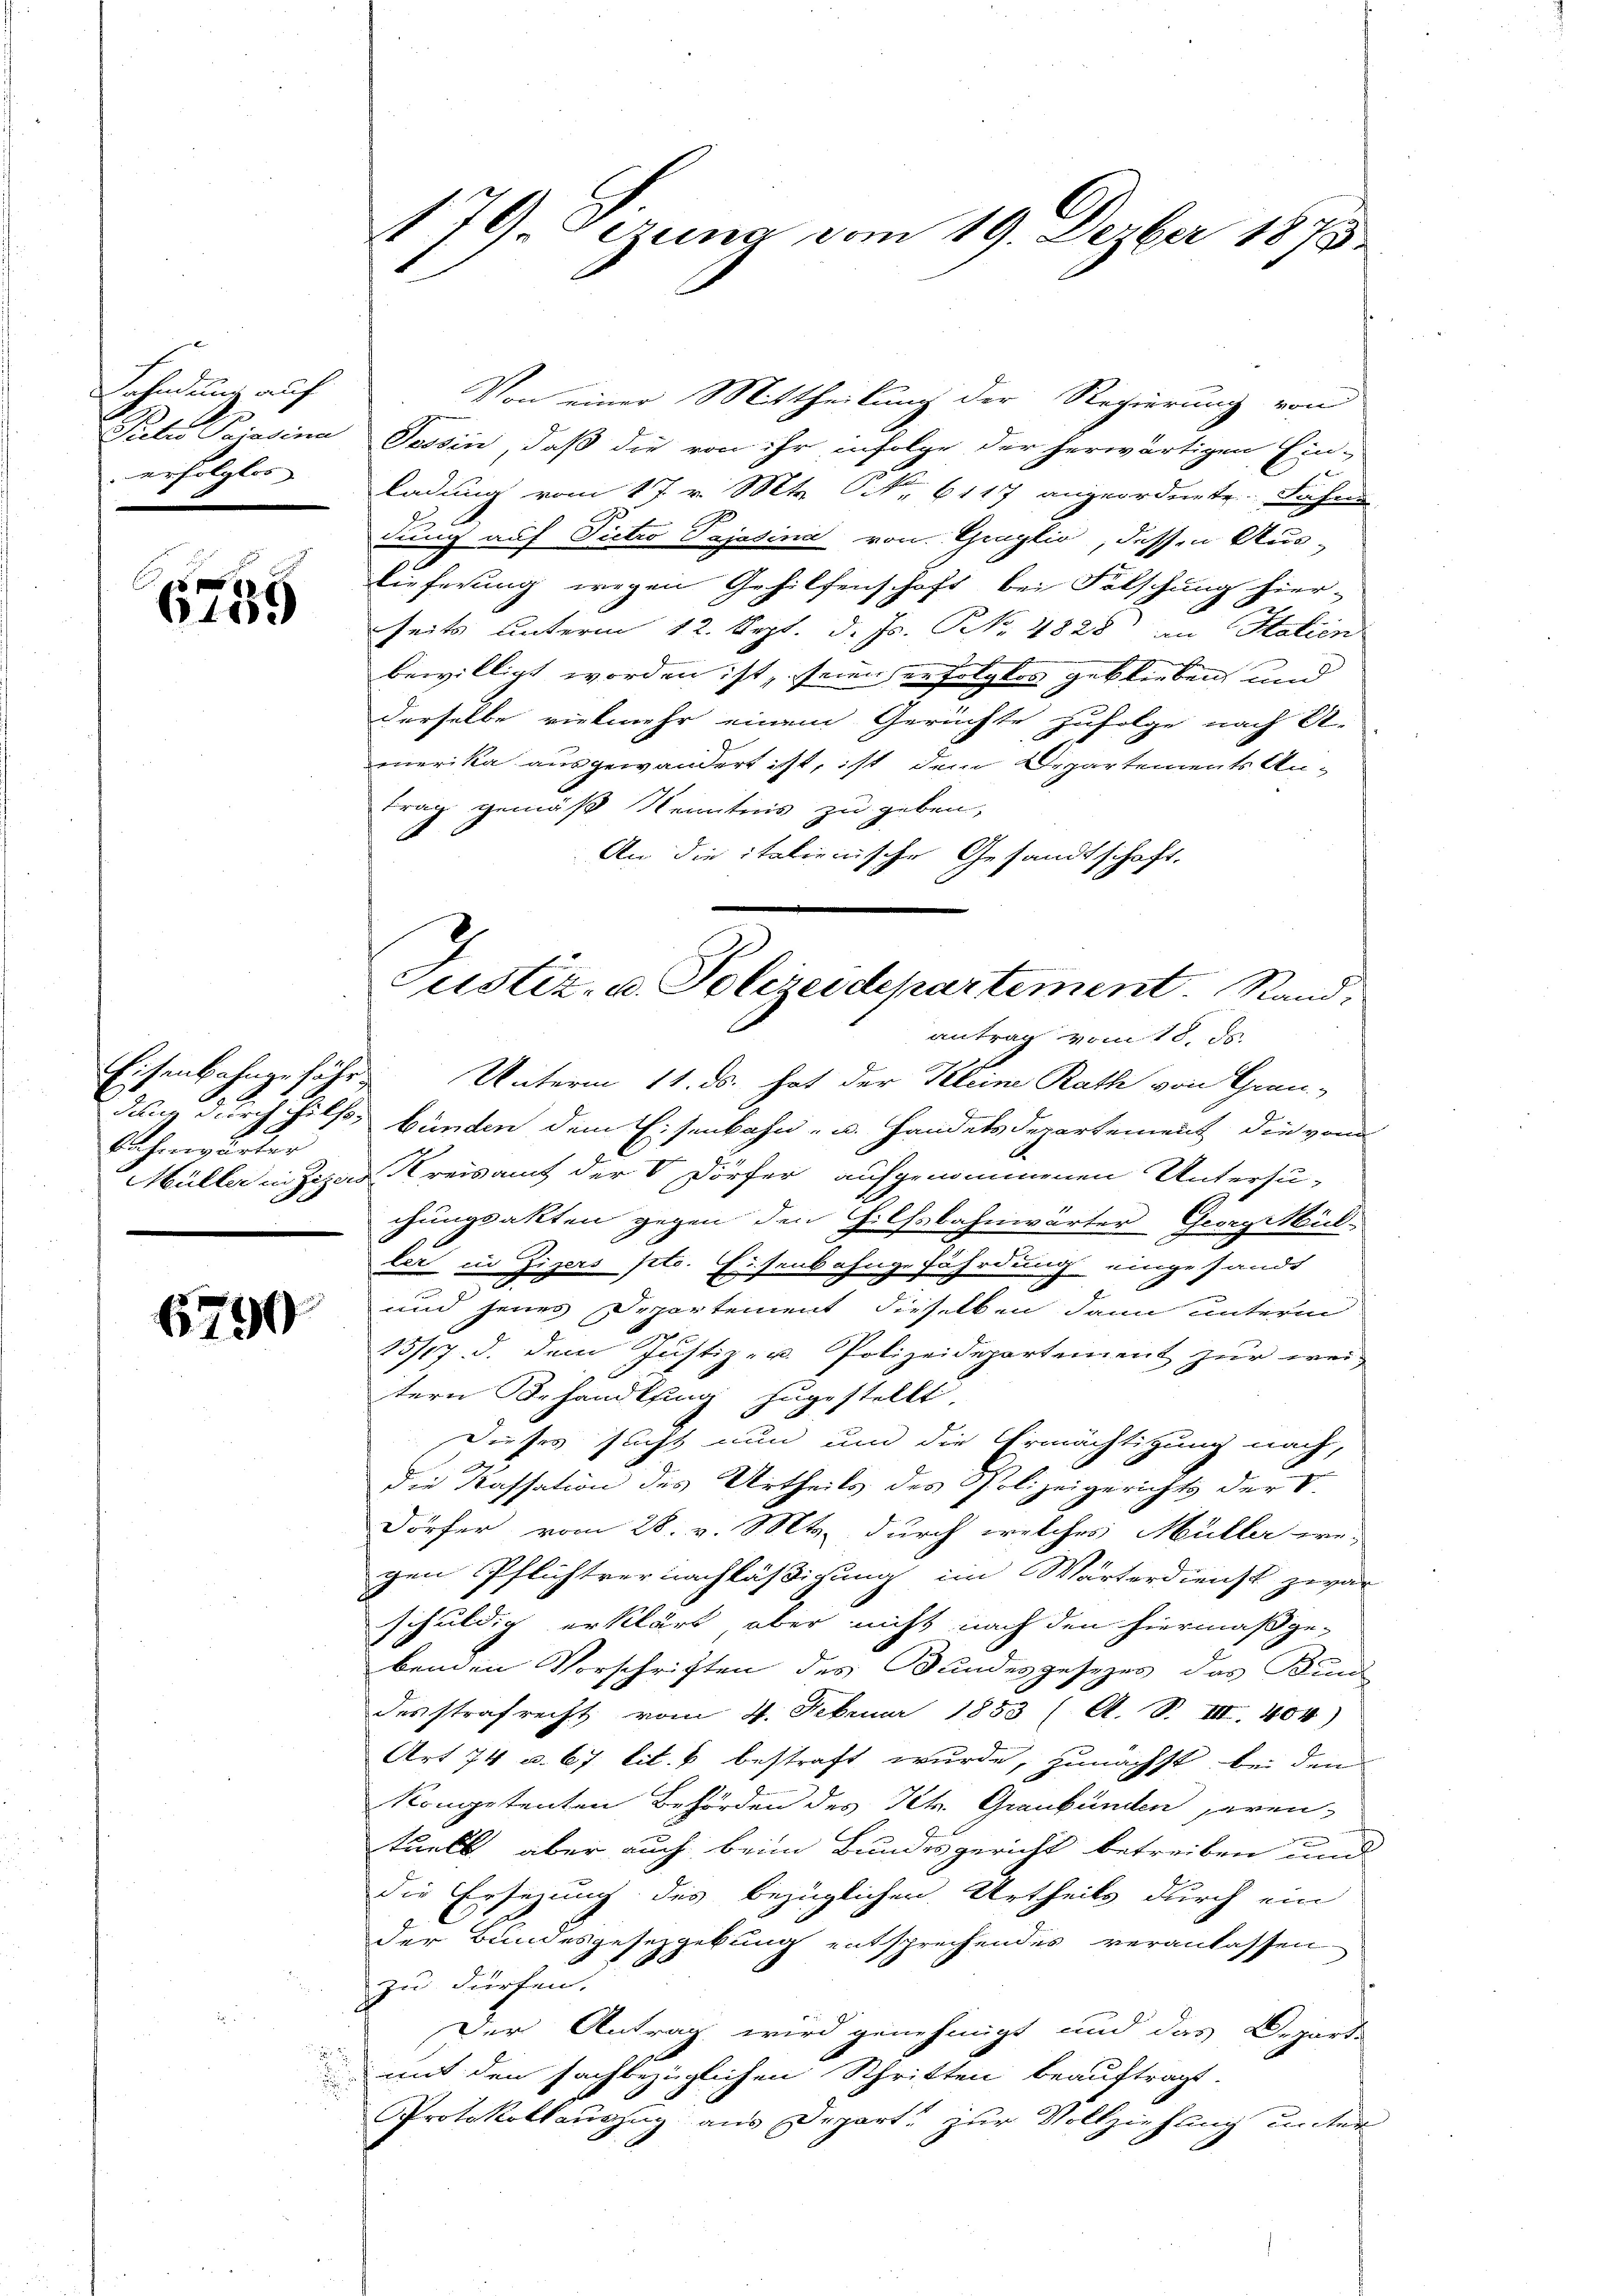
Lahndung auf
erfolgter |

s
1050

Bahnwärter

6799

u

176. Gezung vom 19. Dezber 1873

Von einer Mittheilung der Regierung von
Putro Pajasina Tessin, daß die von ihr infolge der herwärtigen Ein-
ladung vom 17. v. Mts. No. 6117 angeordnete Fahne
1
dung auf Pietro Pajasina von Ginglio, dessen Aus-
Tieferung wegen Gehilfenschaft bei Fälschung hier-
seits unterm 12. Sept. d. Js. No. 4828 an Statien
bewilligt worden ist, seien erfolgtes geblieben, und
derselbe vielmehr einem Gerichte zufolge nach A-
merika ausgewandert ist, ist dem Departements Antrag gemäß Kenntnis zu geben,
An die italienische Gesandtschaft.
Eisenbahngefähr Unterm 11. ds. hat der Kleine Rath von Grau-
dung durch hilfe bünden dem Eisenbahn- u. Handelsdepartement die von
Müller in Zizad Kreisamt der V Dörfer aufgenommenen Untersuchungsakten gegen den Hilfsbahnwärter Georg Müller in Zigers pto. Eisenbahngefährdung eingesandt
und jenes Departement dieselben dann unterm
15/17. d. dem Justiz- u. Polizeidepartement zur wei-
stern Behandlung zugestellt.
Dieses sacht nun und die Ermächtigung nach,
die Kassation des Urtheils des Polizeigerichts der V.
Dörfer vom 28. v. Mts. durch welches Müller we-
gen Pflichtvernachläßigung im Wärterdienst zevar
schuldig erklärt, aber nicht nach den hiermaßgebend in Vorschriften des Bundesgesezes das Kun
desstrafrecht vom 4. Februar 1883 (A. S. III. 404)
Art 74 u. 67 lit. k bestraft wurde, zunächst, bei dem
Kompetenten Behörden des Petr. Graubünden paren-
tuell aber auch beim Bundesgericht betreiben und
die Ersezung des bezüglichen Urtheils durch ein
der Bundesgesetzgebung entsprechendes veranlassen
zu dürfen.
Der Antrag wird genehmigt und das Departe
.
mit den sachbezüglichen Schritten beauftragt.
Protokollauszug aus Depart. zur Vollziehung unter

Justiz- u. Polizeidepartement. Stand:
antrag vom 18. ds.